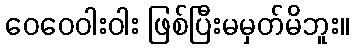
ဝေဝေဝါးဝါး ဖြစ်ပြီးမမှတ်မိဘူး။